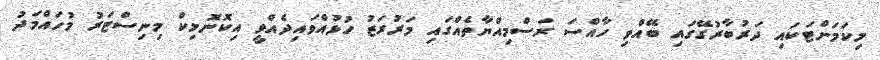
މިކަމަށްޓަކައި ދަރުބާރުގޭގައި ބޭއްވި ހާއްސަ ރަސްމިއްޔާތެއްގައި މަރުރަޒު ހުޅުއްވައިދެއްވީ އިކޮނޮމިކް މިނިސްޓަރު މުހައްމަދު